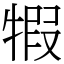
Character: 犌